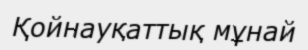
Қойнауқаттық мұнай